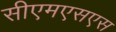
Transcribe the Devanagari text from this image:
सीएमएसएस